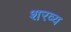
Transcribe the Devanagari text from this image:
शरव्य